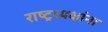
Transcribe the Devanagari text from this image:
राष्ट्रध्यक्षांना